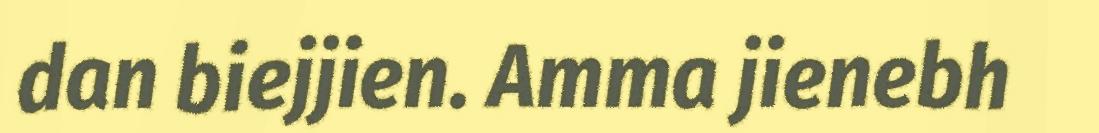
dan biejjien. Amma jienebh